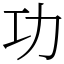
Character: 功